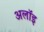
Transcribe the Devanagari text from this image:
अलॉइ